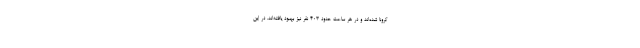
کرونا شده‌اند و در هر ساعت حدود ۴۰۳ نفر نیز بهبود یافته‌اند. در این